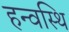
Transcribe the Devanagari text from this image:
हन्वस्थि